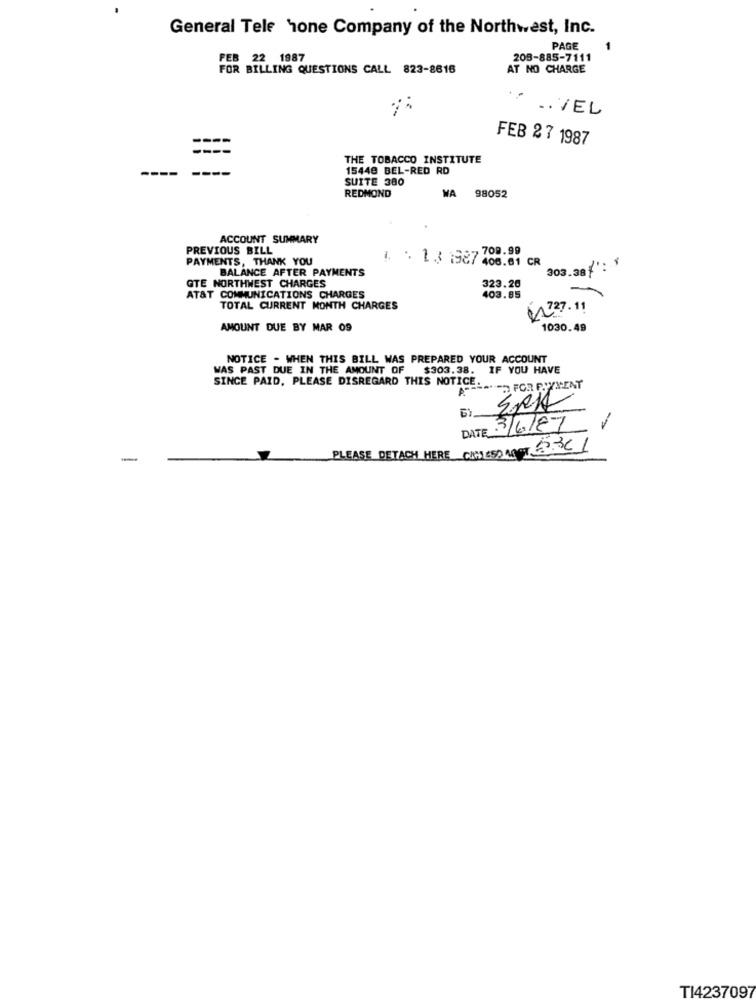
General Tele Tone Company of the Northwest, Inc.
PAGE
FEB 22 1987
208-885-7111
FOR BILLING QUESTIONS CALL 823-8616
AT NO CHARGE
... VEL
FEB 27 1987
THE TOBACCO INSTITUTE
15448 BEL-RED RD
----
SUITE 380
REDMOND
WA
98052
ACCOUNT SUMMARY
PREVIOUS BILL
709.99
PAYMENTS, THANK YOU
.. .. 13 :987 406.01 CR
BALANCE AFTER PAYMENTS
303.38
GTE NORTHWEST CHARGES
323.20
AT&T COMMUNICATIONS CHARGES
403.85
TOTAL CURRENT MONTH CHARGES
R 227.11
AMOUNT DUE BY MAR 09
1030.49
NOTICE - WHEN THIS BILL WAS PREPARED YOUR ACCOUNT
WAS PAST DUE IN THE AMOUNT OF $303.38. IF YOU HAVE
SINCE PAID, PLEASE DISREGARD THIS NOTICE.
A
"O FOR PAYMENT
DATE
3/6/87
PLEASE DETACH HERE CISSESD MOST 3.3C/
-
TI4237097